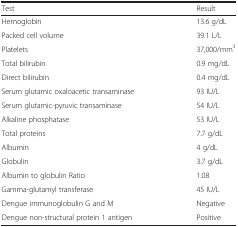
| Test | Result |
 | --- | --- |
 | Hemoglobin | 13.6 g/dL |
 | Packed cell volume | 39.1 L/L |
 | Platelets | 37,000/mm3 |
 | Total bilirubin | 0.9 mg/dL |
 | Direct bilirubin | 0.4 mg/dL |
 | Serum glutamic oxaloacetic transaminase | 93 IU/L |
 | Serum glutamic-pyruvic transaminase | 54 IU/L |
 | Alkaline phosphatase | 53 IU/L |
 | Total proteins | 7.7 g/dL |
 | Albumin | 4 g/dL |
 | Globulin | 3.7 g/dL |
 | Albumin to globulin Ratio | 1.08 |
 | Gamma-glutamyl transferase | 45 IU/L |
 | Dengue immunoglobulin G and M | Negative |
 | Dengue non-structural protein 1 antigen | Positive |